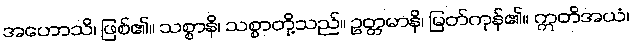
အဟောသိ၊ ဖြစ်၏။ သစ္စာနိ၊ သစ္စာတို့သည်။ ဥတ္တမာနိ၊ မြတ်ကုန်၏။ ဣတိအယံ၊